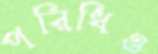
পরিধিও